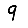
Digit: 9